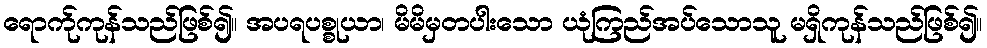
ရောက်ုကုန်သည်ဖြစ်၍။ အပရပစ္စုယာ၊ မိမိမှတပါးသော ယုံကြည်အပ်သောသူ မရှိကုန်သည်ဖြစ်၍။